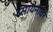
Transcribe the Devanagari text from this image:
रसायनावर